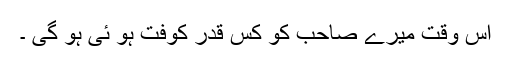
اس وقت میرے صاحب کو کس قدر کوفت ہو ئی ہو گی ۔